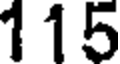
115